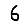
Digit: 6